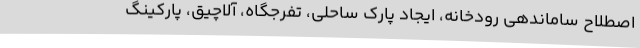
‌اصطلاح ساماندهی رودخانه، ایجاد پارک ساحلی، تفرجگاه، آلاچیق، پارکینگ